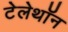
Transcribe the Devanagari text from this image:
टेलेथॉन